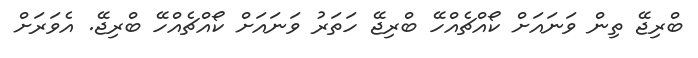
ބްރިޖޭ ތިން ވަނައަށް ކޯއްޗެއްހޭ ބްރިޖޭ ހަތަރު ވަނައަށް ކޯއްޗެއްހޭ ބްރިޖޭ. އެވަރަށް